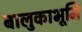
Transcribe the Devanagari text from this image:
बालुकाभूमि